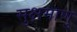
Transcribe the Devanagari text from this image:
सुक्षमाणु